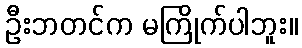
ဦးဘတင်က မကြိုက်ပါဘူး။